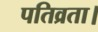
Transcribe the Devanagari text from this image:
पतिव्रता।